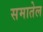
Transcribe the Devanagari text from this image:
समातेल